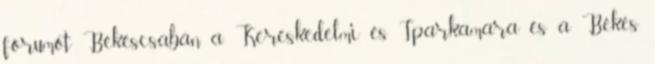
fórumot Békéscsabán a Kereskedelmi és Iparkamara és a Békés